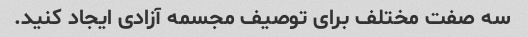
سه صفت مختلف برای توصیف مجسمه آزادی ایجاد کنید.